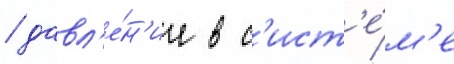
/ давл'е́н'ие в с'ист'е́м'е